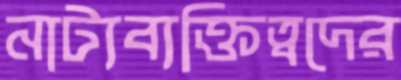
নাট্যব্যক্তিত্বদের